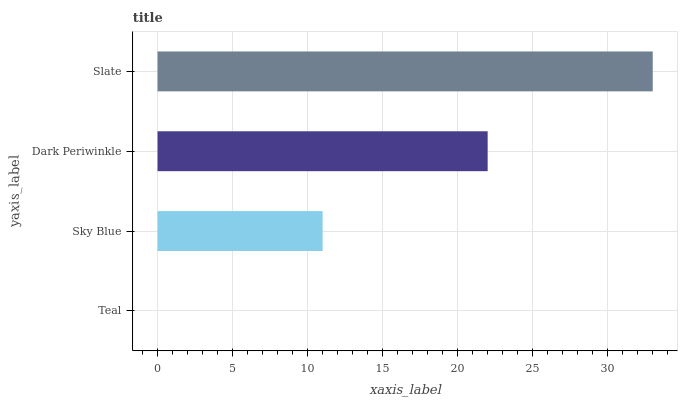
| yaxis_label | bars |
 | --- | --- |
 | Teal | 0 |
 | Sky Blue | 11 |
 | Dark Periwinkle | 22 |
 | Slate | 33 |